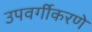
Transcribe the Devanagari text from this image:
उपवर्गीकरणे